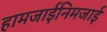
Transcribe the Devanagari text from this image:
हामजाईनिमजाई